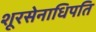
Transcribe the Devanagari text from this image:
शूरसेनाधिपति